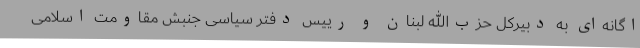
اگانه‌ای به دبیرکل حزب‌الله لبنان و رییس دفتر سیاسی جنبش مقاومت اسلامی